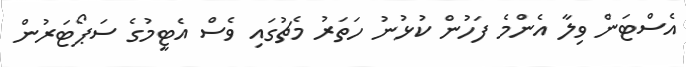
އެސްޓަން ވިލާ އެންމެ ފަހުން ކުޅުނު ހަތަރު މެޗުގައި ވެސް އެޓީމުގެ ސަޕޯޓަރުން